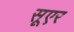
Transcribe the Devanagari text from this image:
सूएर